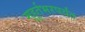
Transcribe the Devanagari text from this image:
मुहूर्तभरपर्यंत